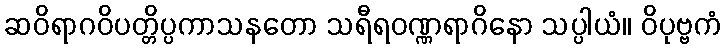
ဆဝိရာဂဝိပတ္တိပ္ပကာသနတော သရီရဝဏ္ဏရာဂိနော သပ္ပါယံ။ ဝိပုဗ္ဗကံ